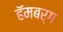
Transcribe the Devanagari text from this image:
हॅमबर्ग